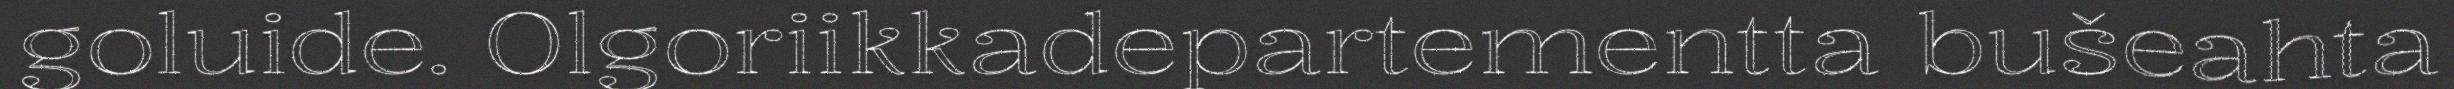
goluide. Olgoriikkadepartementta bušeahta